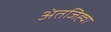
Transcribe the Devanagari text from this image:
अंतजिह्वा